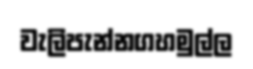
වැලිපැන්නගහමුල්ල